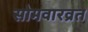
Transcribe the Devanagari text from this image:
सोमवारव्रत